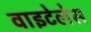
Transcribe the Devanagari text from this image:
वाइटेलेस